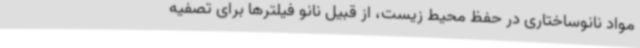
مواد نانوساختاری در حفظ محیط زیست، از قبیل نانو فیلترها برای تصفیه